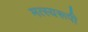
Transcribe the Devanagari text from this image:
मत्स्यरूपी